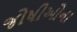
જોષીઓના